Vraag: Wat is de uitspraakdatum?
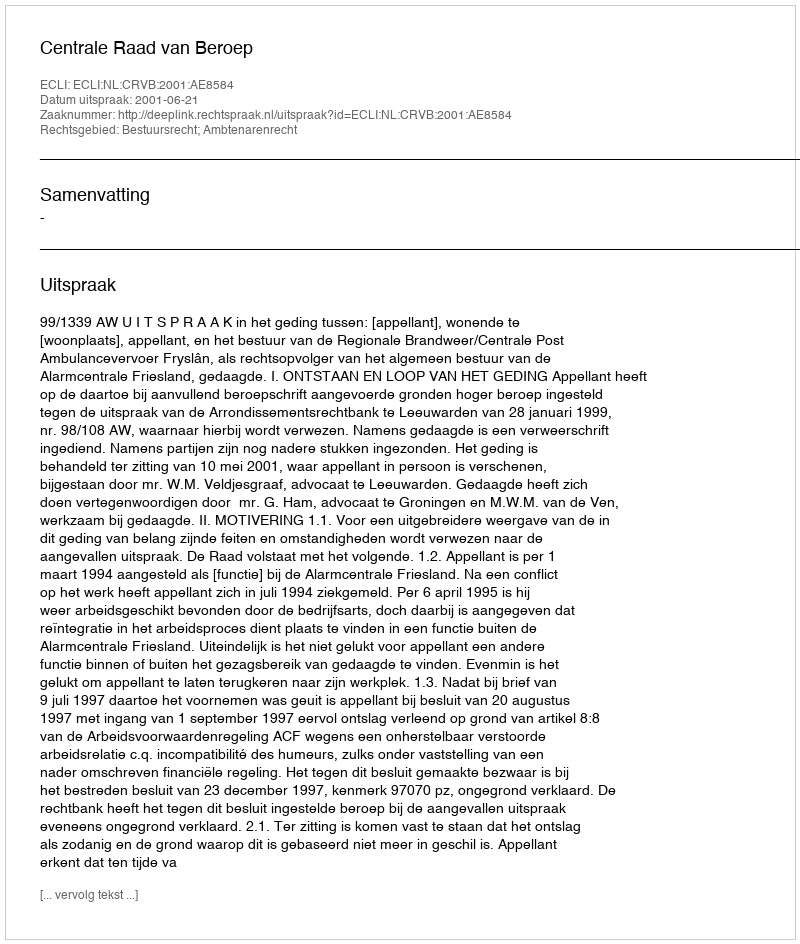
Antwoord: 2001-06-21